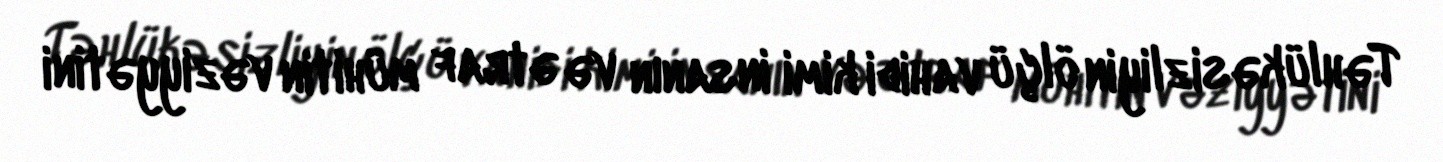
Təhlükəsizliyin ölçü vahidi kimi insanın və ətraf mühitin vəziyyətini